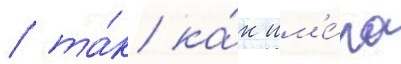
/ та́к ка́к им'е́ла